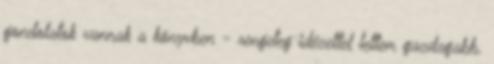
gondolatok vannak a könyvben - rengeteg idézettel lettem gazdagabb.